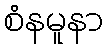
စံနမူနာ